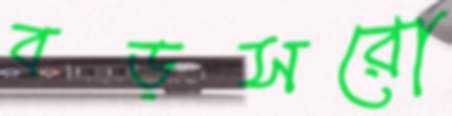
বড়সরো